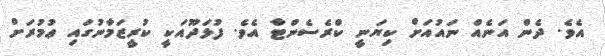
އެވެ. ދެން އަނެއް ނައުއަށް ކިޔަނީ ކްރެސެންޓާ އެވެ. ފުޅަދޫއަކީ ކުރީޒަމާނުގައި ޢުމުރަށް